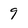
Character: 9